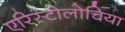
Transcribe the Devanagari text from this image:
एरिस्टोलोचिया